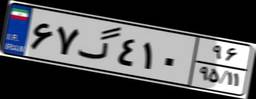
۶۷گ۴۱۰۹۶